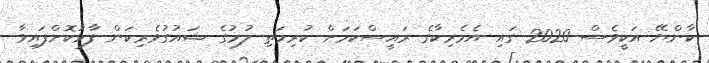
ކާންޔޭ އަކީވެސް 2020 ގައި އެމެރިކާގެ ރައީސްކަމަށް ކުރިމަތި ލުމުގެ ޝައުގުވެރިކަން ފާޅުކޮށްފައިވާ